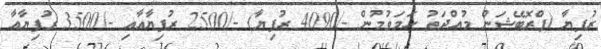
ރުފިޔާ (ޕްރޮބޭޝަން މުއްދަތު ހަމަވުމުން -/4090 ރުފިޔާ) -/2500 ރުފިޔާއާއި -/3500 ރުފިޔާއާ